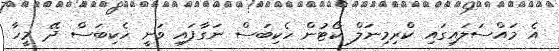
އެ މައްސަލައިގައި ކްރިމިނަލް ކޯޓުން ހެކިބަސް ނަގާފައި ވަނީ ހެކިބަސް ދޭ މީހާ